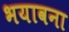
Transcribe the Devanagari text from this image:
भयावना